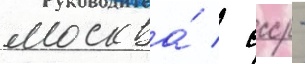
москва́ / ссср -